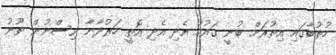
ހުތުބާގައި އިތުރަށް ބުނީ ގައުމު އެދި އެދި އޮތީ ހަރުދާނާ ވިސްނުން ތޫނު